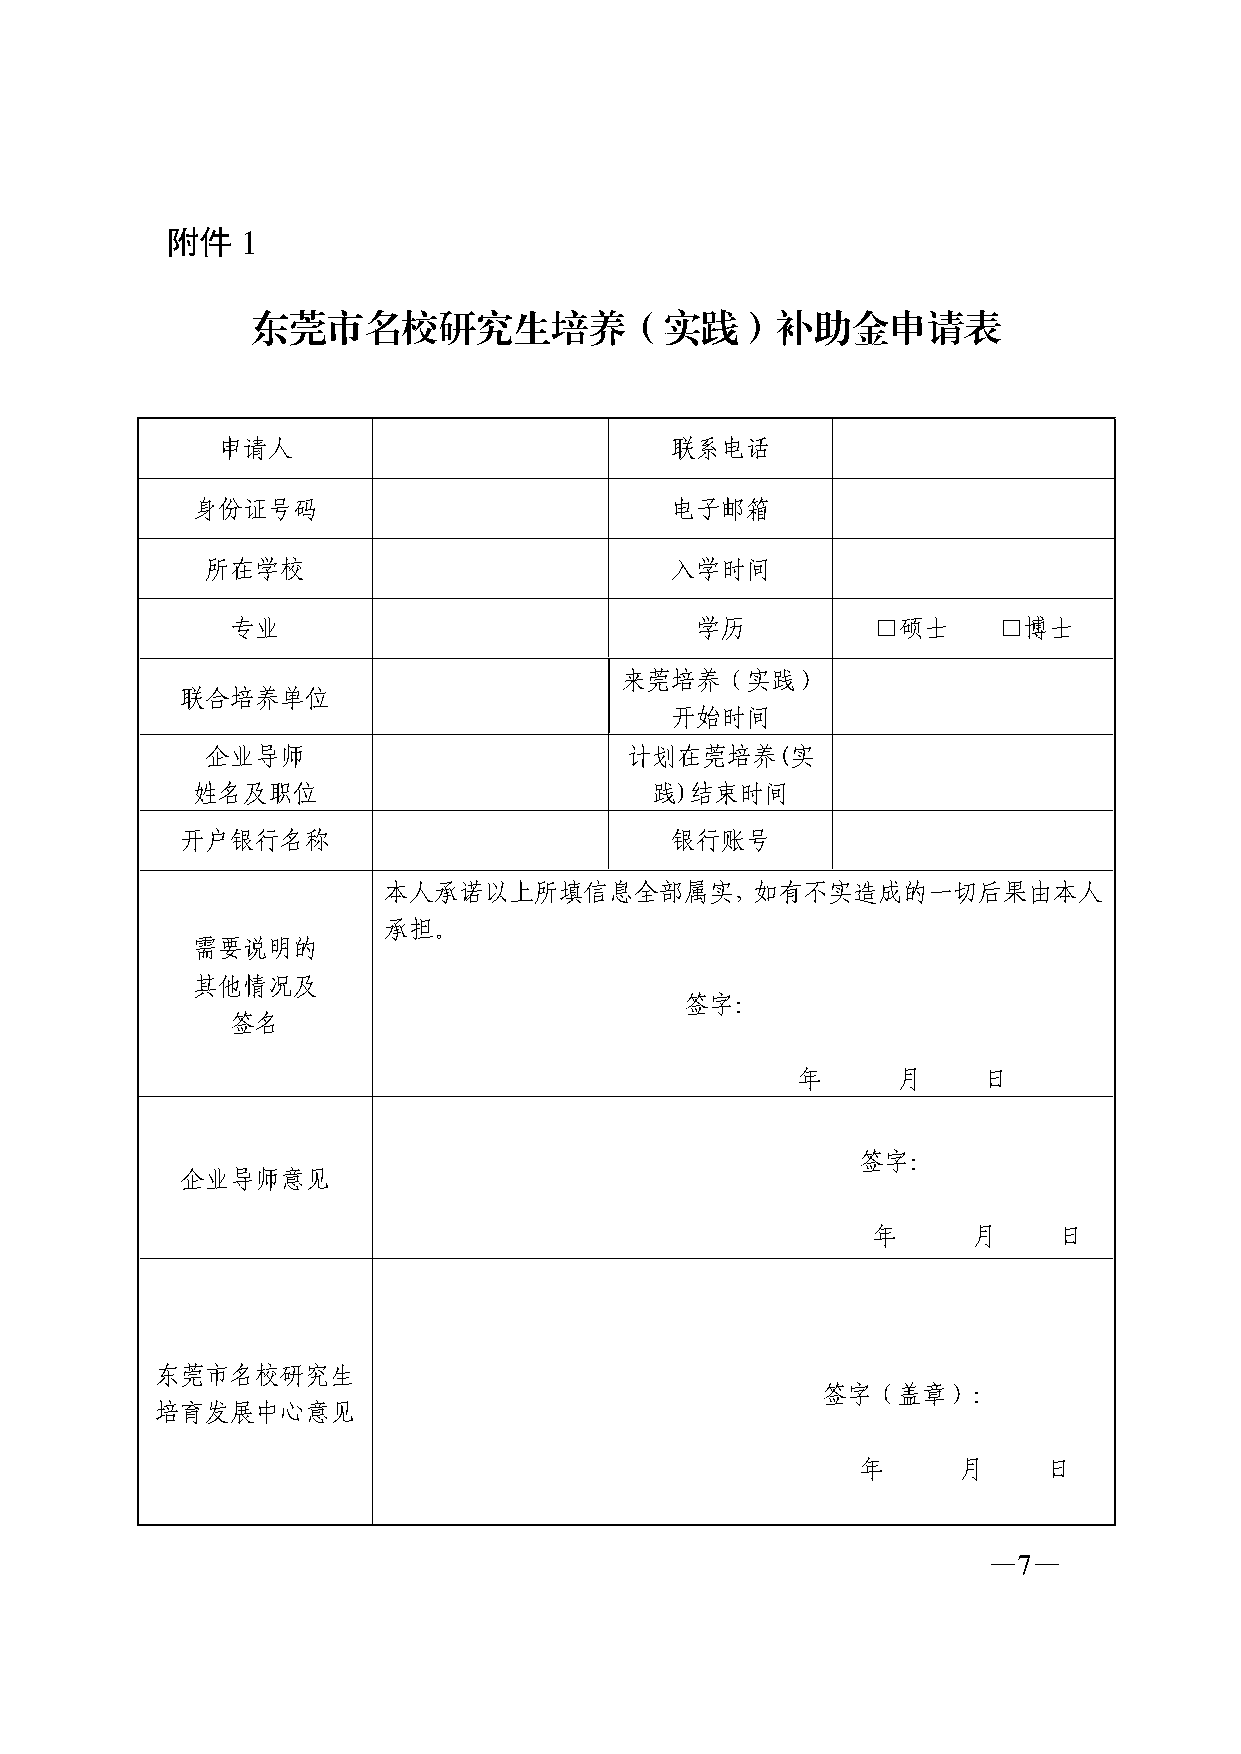
附件   1
 东莞市名校研究生培养（实践）补助金申请表
 申请人                           联系电话
 身份证号码                          电子邮箱
 所在学校                          入学时间
 专业                             学历          □硕士     □博士
 来莞培养（实践）
 联合培养单位
 开始时间
 企业导师                       计划在莞培养(实
 姓名及职位                         践)结束时间
 开户银行名称                          银行账号
 本人承诺以上所填信息全部属实，如有不实造成的一切后果由本人
 承担。
 需要说明的
 其他情况及
 签字：
 签名
 年     月     日
 签字：
 企业导师意见
 年     月     日
 东莞市名校研究生
 签字（盖章）：
 培育发展中心意见
 年     月     日
 —7—